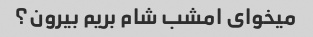
میخوای امشب شام بریم بیرون؟